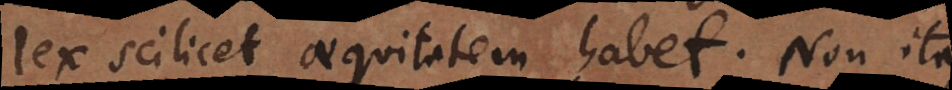
lex scilicet aequitatem habet. Non ita,